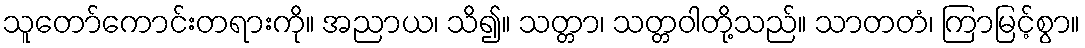
သူတော်ကောင်းတရားကို။ အညာယ၊ သိ၍။ သတ္တာ၊ သတ္တဝါတို့သည်။ သာတတံ၊ ကြာမြင့်စွာ။